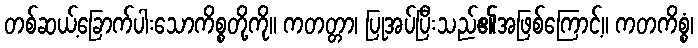
တစ်ဆယ့်ခြောက်ပါးသောကိစ္စတို့ကို။ ကတတ္တာ၊ ပြုအပ်ပြီးသည်၏အဖြစ်ကြောင့်။ ကတကိစ္စံ၊